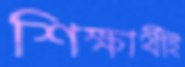
শিক্ষার্থীই